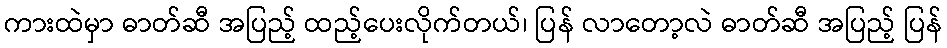
ကားထဲမှာ ဓာတ်ဆီ အပြည့် ထည့်ပေးလိုက်တယ်၊ ပြန် လာတော့လဲ ဓာတ်ဆီ အပြည့် ပြန်